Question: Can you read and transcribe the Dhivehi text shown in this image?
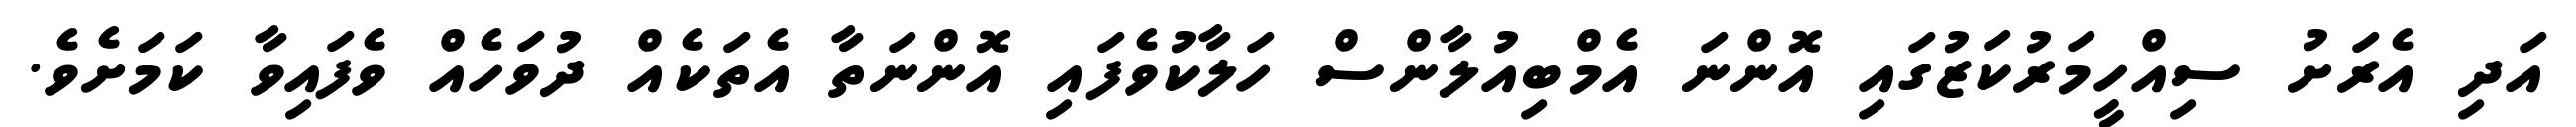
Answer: އަދި އެރަށު ސިއްހީމަރުކަޒުގައި އޮންނަ އެމްބިއުލާންސް ހަލާކުވެފައި އޮންނަތާ އެތަކެއް ދުވަހެއް ވެފައިވާ ކަމަށެވެ.